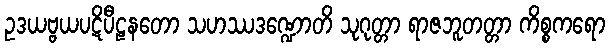
ဥဒယဗ္ဗယပဋိပီဠနတော သဟဿဒဏ္ဍောတိ သုဂုတ္တာ ရာဇဘူတတ္တာ ကိစ္စကရော